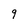
Character: 9